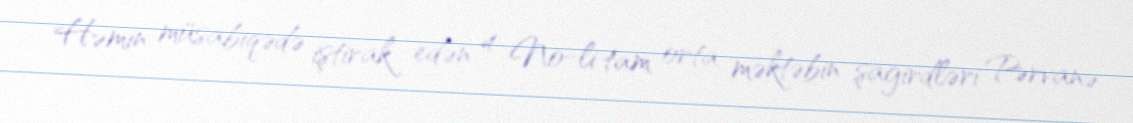
Həmin müsabiqədə iştirak edən 4 №-li tam orta məktəbin şagirdləri Pərvanə